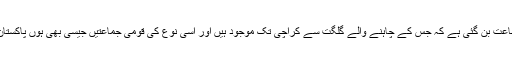
یہ جماعت ایسی جماعت بن گئی ہے کہ جس کے چاہنے والے گلگت سے کراچی تک موجود ہیں اور اسی نوع کی قومی جماعتیں جیسی بھی ہوں پاکستان کی ضرورت ہیں۔